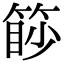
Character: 篎